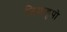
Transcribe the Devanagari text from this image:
टियाहुपो